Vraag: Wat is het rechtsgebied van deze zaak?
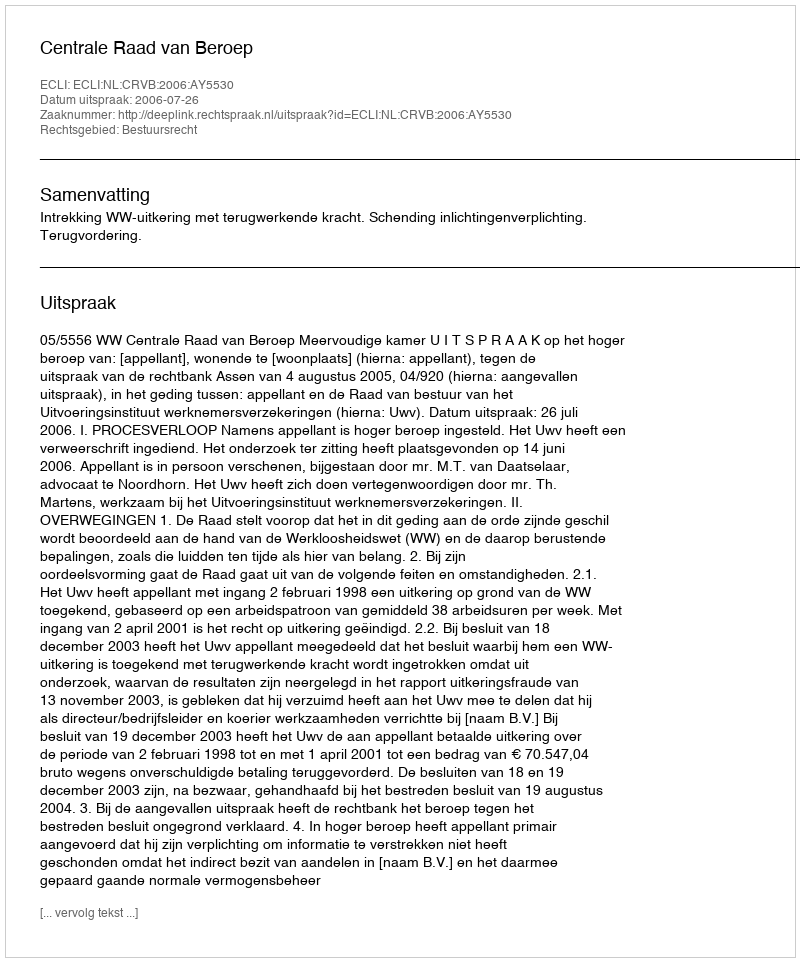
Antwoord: Bestuursrecht